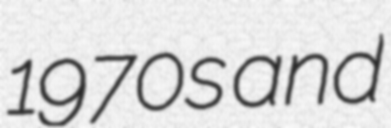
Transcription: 1970s and